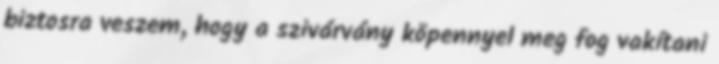
biztosra veszem, hogy a szivárvány köpennyel meg fog vakítani